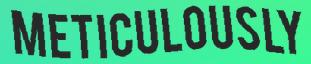
METICULOUSLY